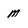
Character: m